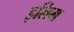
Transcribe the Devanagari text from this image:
इलिम